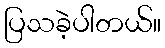
ပြသခဲ့ပါတယ်။